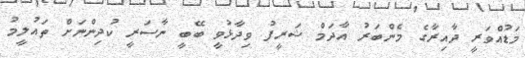
މަޑުއްވަރީ ދާއިރާގެ މެންބަރު އާދަމް ޝަރީފު ވިދާޅުވީ ބޭބީ ނާސަރީ ކުދިންނަށް ތައުލީމު